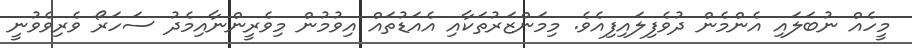
މީހެއް ނުބަލައި އެންމެން ދުވެފިލައިފިއެވެ. މިމަންޒަރުތަކާއި އެއަޑުތައް އިވުމުން މިވެރީންނާއިމެދު ސަހަރޯ ވެރިވެވުނީ